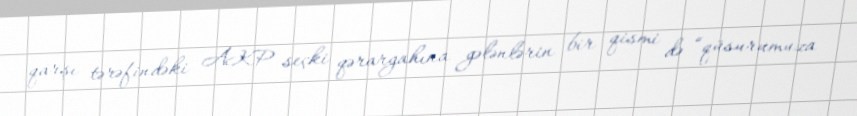
qarşı tərəfindəki AKP seçki qərargahına gələnlərin bir qismi də “qüsurumuza